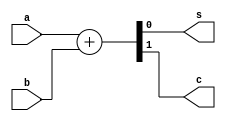
`timescale 1ns / 1ps
module ha_beh(a,b,s,c);
input a,b;
output reg s,c;
always@(*)
begin
	{c,s}=a+b;
end
endmodule